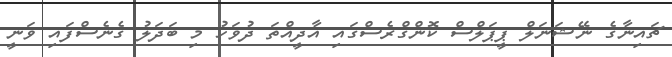
ޗައިނާގެ ނޭޝަނަލް ޕީޕަލްސް ކޮންގްރެސްގައި އާދީއްތަ ދުވަހު މި ބަދަލު ގެނެސްފައި ވަނީ